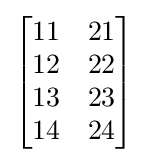
{\begin{bmatrix}11&21\\12&22\\13&23\\14&24\end{bmatrix}}